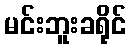
မင်းဘူးခရိုင်